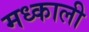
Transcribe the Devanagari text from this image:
मध्काली